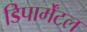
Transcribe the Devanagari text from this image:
डिपार्मेंटल